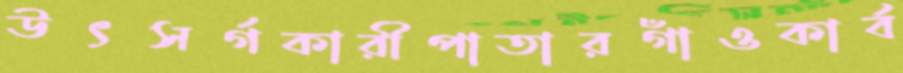
উৎসর্গকারীপাতারগাঁওকার্ব